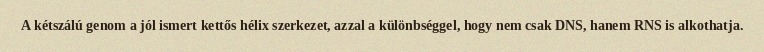
A kétszálú genom a jól ismert kettős hélix szerkezet, azzal a különbséggel, hogy nem csak DNS, hanem RNS is alkothatja.